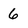
Character: 6